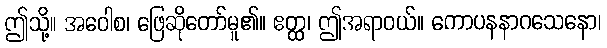
ဤသို့။ အဝေါစ၊ ဖြေဆိုတော်မူ၏။ ဧတ္ထ၊ ဤအရာဝယ်။ ကောပနနာဂသေနော၊